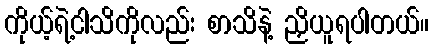
ကိုယ့်ရဲ့ငါသိကိုလည်း စာသိနဲ့ ညှိယူရပါတယ်။